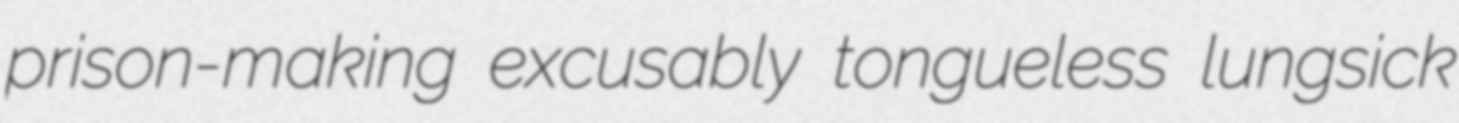
prison-making excusably tongueless lungsick